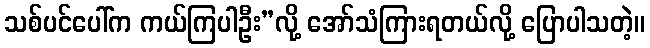
သစ်ပင်ပေါ်က ကယ်ကြပါဦး”လို့ အော်သံကြားရတယ်လို့ ပြောပါသတဲ့။